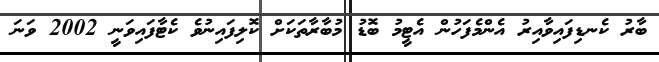
ބާރު ކެނޑިފައިވާއިރު އެންމެފަހުން އެޓީމު ބޮޑު މުބާރާތަކަށް ކޮލިފައިނުވެ ކެޓާފައިވަނީ 2002 ވަނަ